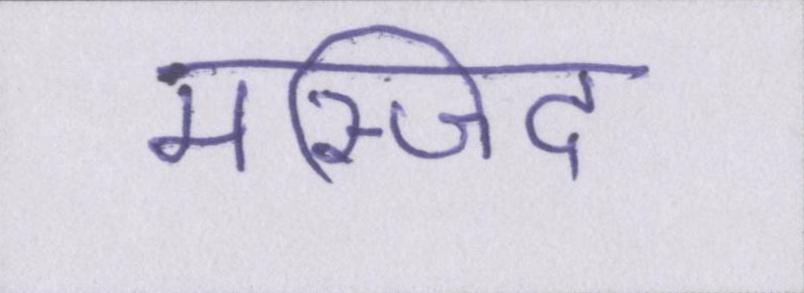
मस्जिद